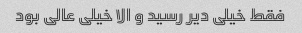
فقط خیلی دیر رسید و الا خیلی عالی بود